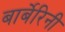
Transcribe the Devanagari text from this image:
बार्बेरिनी